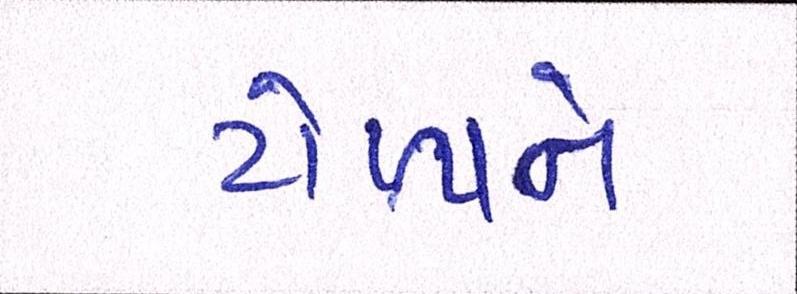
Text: ટોળાને